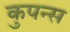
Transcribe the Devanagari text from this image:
कुपन्स